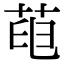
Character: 𦱉